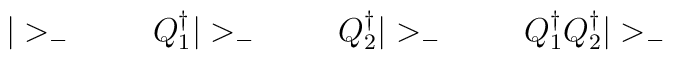
|>_- \;  \qquad Q_1^\dagger |>_- \;   \qquad Q_2^\dagger |>_- \;\qquad Q_1^\dagger Q_2^\dagger |>_-